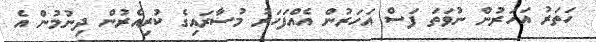
ހަތަރު އަހަރުން ނުވަތަ ފަސް އަހަރުން އެއްފަހަރު މުސާރައިގެ ކުރިއެރުން ދިނުމުން އެ